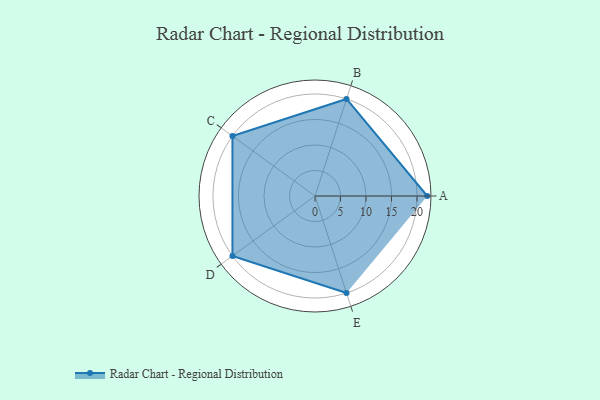
{"axis": {"x": "Skill", "y": "Score"}, "legend": ["Profile"], "data": [{"x": "A", "y": 22.0, "type": "Profile"}, {"x": "B", "y": 20, "type": "Profile"}, {"x": "C", "y": 20, "type": "Profile"}, {"x": "D", "y": 20, "type": "Profile"}, {"x": "E", "y": 20, "type": "Profile"}]}